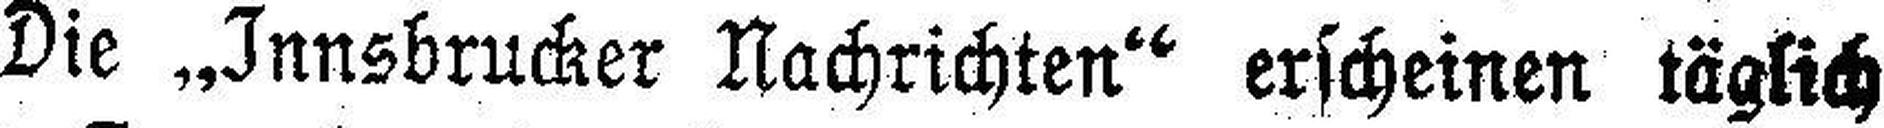
Die „Innsbrucker Nachrichten“ erscheinen täglich